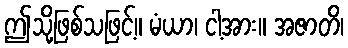
ဤသို့ဖြစ်သဖြင့်။ မံယာ၊ ငါ့အား။ အဇာတိ၊